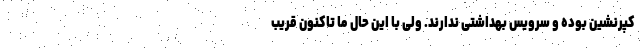
کپرنشین بوده و سرویس بهداشتی ندارند. ولی با این حال ما تاکنون قریب